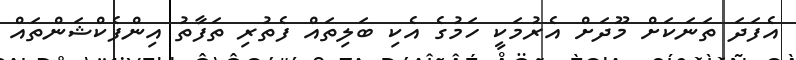
އެފަދަ ތަނަކަށް މޫދަށް އެރުމަކީ ހަމުގެ އެކި ބަލިތައް ފެތުރި ތަފާތު އިންފެކްޝަންތައް